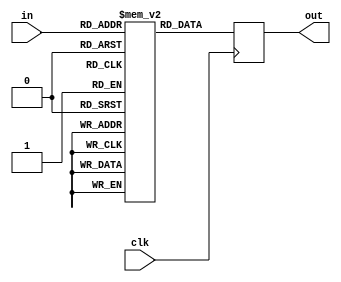
module pacman_wakka_converted(in, out, clk); //ok
	 input [8:0] in;
	 input clk;
	 output reg [9:0] out;
	 
	 reg  [9:0] mem [0:418];
	 always @(posedge clk) out  =  mem[ in ];
	 
	 initial begin
		mem[     0] = 10'd1023;// 10'd1170;    
		mem[     1] = 10'd26;    
		mem[     2] = 10'd32;    
		mem[     3] = 10'd45;    
		mem[     4] = 10'd26;    
		mem[     5] = 10'd32;    
		mem[     6] = 10'd45;    
		mem[     7] = 10'd26;    
		mem[     8] = 10'd32;    
		mem[     9] = 10'd45;    
		mem[    10] = 10'd24;    
		mem[    11] = 10'd25;    
		mem[    12] = 10'd36;    
		mem[    13] = 10'd21;    
		mem[    14] = 10'd24;    
		mem[    15] = 10'd36;    
		mem[    16] = 10'd22;    
		mem[    17] = 10'd24;    
		mem[    18] = 10'd36;    
		mem[    19] = 10'd21;    
		mem[    20] = 10'd25;    
		mem[    21] = 10'd36;    
		mem[    22] = 10'd20;    
		mem[    23] = 10'd26;    
		mem[    24] = 10'd31;    
		mem[    25] = 10'd18;    
		mem[    26] = 10'd20;    
		mem[    27] = 10'd31;    
		mem[    28] = 10'd18;    
		mem[    29] = 10'd20;    
		mem[    30] = 10'd31;    
		mem[    31] = 10'd18;    
		mem[    32] = 10'd20;    
		mem[    33] = 10'd31;    
		mem[    34] = 10'd17;    
		mem[    35] = 10'd21;    
		mem[    36] = 10'd30;    
		mem[    37] = 10'd18;    
		mem[    38] = 10'd20;    
		mem[    39] = 10'd30;    
		mem[    40] = 10'd15;    
		mem[    41] = 10'd19;    
		mem[    42] = 10'd24;    
		mem[    43] = 10'd16;    
		mem[    44] = 10'd18;    
		mem[    45] = 10'd25;    
		mem[    46] = 10'd14;    
		mem[    47] = 10'd17;    
		mem[    48] = 10'd27;    
		mem[    49] = 10'd14;    
		mem[    50] = 10'd17;    
		mem[    51] = 10'd26;    
		mem[    52] = 10'd15;    
		mem[    53] = 10'd18;    
		mem[    54] = 10'd25;    
		mem[    55] = 10'd14;    
		mem[    56] = 10'd19;    
		mem[    57] = 10'd25;    
		mem[    58] = 10'd14;    
		mem[    59] = 10'd17;    
		mem[    60] = 10'd23;    
		mem[    61] = 10'd12;    
		mem[    62] = 10'd17;    
		mem[    63] = 10'd21;    
		mem[    64] = 10'd14;    
		mem[    65] = 10'd16;    
		mem[    66] = 10'd22;    
		mem[    67] = 10'd13;    
		mem[    68] = 10'd16;    
		mem[    69] = 10'd22;    
		mem[    70] = 10'd14;    
		mem[    71] = 10'd16;    
		mem[    72] = 10'd22;    
		mem[    73] = 10'd13;    
		mem[    74] = 10'd17;    
		mem[    75] = 10'd22;    
		mem[    76] = 10'd13;    
		mem[    77] = 10'd16;    
		mem[    78] = 10'd22;    
		mem[    79] = 10'd13;    
		mem[    80] = 10'd15;    
		mem[    81] = 10'd20;    
		mem[    82] = 10'd13;    
		mem[    83] = 10'd13;    
		mem[    84] = 10'd20;    
		mem[    85] = 10'd12;    
		mem[    86] = 10'd14;    
		mem[    87] = 10'd21;    
		mem[    88] = 10'd11;    
		mem[    89] = 10'd14;    
		mem[    90] = 10'd21;    
		mem[    91] = 10'd11;    
		mem[    92] = 10'd14;    
		mem[    93] = 10'd21;    
		mem[    94] = 10'd11;    
		mem[    95] = 10'd14;    
		mem[    96] = 10'd21;    
		mem[    97] = 10'd11;    
		mem[    98] = 10'd14;    
		mem[    99] = 10'd20;    
		mem[   100] = 10'd12;    
		mem[   101] = 10'd14;    
		mem[   102] = 10'd20;    
		mem[   103] = 10'd12;    
		mem[   104] = 10'd7;    
		mem[   105] = 10'd747;    
		mem[   106] = 10'd19;    
		mem[   107] = 10'd12;    
		mem[   108] = 10'd13;    
		mem[   109] = 10'd21;    
		mem[   110] = 10'd12;    
		mem[   111] = 10'd13;    
		mem[   112] = 10'd20;    
		mem[   113] = 10'd13;    
		mem[   114] = 10'd13;    
		mem[   115] = 10'd20;    
		mem[   116] = 10'd13;    
		mem[   117] = 10'd13;    
		mem[   118] = 10'd20;    
		mem[   119] = 10'd13;    
		mem[   120] = 10'd13;    
		mem[   121] = 10'd20;    
		mem[   122] = 10'd12;    
		mem[   123] = 10'd14;    
		mem[   124] = 10'd21;    
		mem[   125] = 10'd11;    
		mem[   126] = 10'd14;    
		mem[   127] = 10'd21;    
		mem[   128] = 10'd11;    
		mem[   129] = 10'd15;    
		mem[   130] = 10'd22;    
		mem[   131] = 10'd13;    
		mem[   132] = 10'd16;    
		mem[   133] = 10'd22;    
		mem[   134] = 10'd14;    
		mem[   135] = 10'd16;    
		mem[   136] = 10'd22;    
		mem[   137] = 10'd13;    
		mem[   138] = 10'd16;    
		mem[   139] = 10'd22;    
		mem[   140] = 10'd14;    
		mem[   141] = 10'd16;    
		mem[   142] = 10'd22;    
		mem[   143] = 10'd13;    
		mem[   144] = 10'd16;    
		mem[   145] = 10'd23;    
		mem[   146] = 10'd12;    
		mem[   147] = 10'd17;    
		mem[   148] = 10'd22;    
		mem[   149] = 10'd14;    
		mem[   150] = 10'd15;    
		mem[   151] = 10'd25;    
		mem[   152] = 10'd15;    
		mem[   153] = 10'd18;    
		mem[   154] = 10'd25;    
		mem[   155] = 10'd15;    
		mem[   156] = 10'd18;    
		mem[   157] = 10'd25;    
		mem[   158] = 10'd15;    
		mem[   159] = 10'd18;    
		mem[   160] = 10'd24;    
		mem[   161] = 10'd16;    
		mem[   162] = 10'd18;    
		mem[   163] = 10'd25;    
		mem[   164] = 10'd15;    
		mem[   165] = 10'd16;    
		mem[   166] = 10'd27;    
		mem[   167] = 10'd14;    
		mem[   168] = 10'd17;    
		mem[   169] = 10'd27;    
		mem[   170] = 10'd17;    
		mem[   171] = 10'd22;    
		mem[   172] = 10'd29;    
		mem[   173] = 10'd18;    
		mem[   174] = 10'd21;    
		mem[   175] = 10'd30;    
		mem[   176] = 10'd18;    
		mem[   177] = 10'd20;    
		mem[   178] = 10'd31;    
		mem[   179] = 10'd18;    
		mem[   180] = 10'd20;    
		mem[   181] = 10'd31;    
		mem[   182] = 10'd17;    
		mem[   183] = 10'd21;    
		mem[   184] = 10'd31;    
		mem[   185] = 10'd17;    
		mem[   186] = 10'd25;    
		mem[   187] = 10'd36;    
		mem[   188] = 10'd20;    
		mem[   189] = 10'd26;    
		mem[   190] = 10'd35;    
		mem[   191] = 10'd21;    
		mem[   192] = 10'd25;    
		mem[   193] = 10'd36;    
		mem[   194] = 10'd21;    
		mem[   195] = 10'd24;    
		mem[   196] = 10'd36;    
		mem[   197] = 10'd22;    
		mem[   198] = 10'd24;    
		mem[   199] = 10'd40;    
		mem[   200] = 10'd28;    
		mem[   201] = 10'd31;    
		mem[   202] = 10'd46;    
		mem[   203] = 10'd25;    
		mem[   204] = 10'd32;    
		mem[   205] = 10'd45;    
		mem[   206] = 10'd26;    
		mem[   207] = 10'd32;    
		mem[   208] = 10'd45;    
		mem[   209] = 10'd26;    
		mem[   210] = 10'd404;    
		mem[   211] = 10'd45;    
		mem[   212] = 10'd26;    
		mem[   213] = 10'd32;    
		mem[   214] = 10'd45;    
		mem[   215] = 10'd26;    
		mem[   216] = 10'd32;    
		mem[   217] = 10'd45;    
		mem[   218] = 10'd26;    
		mem[   219] = 10'd32;    
		mem[   220] = 10'd42;    
		mem[   221] = 10'd21;    
		mem[   222] = 10'd25;    
		mem[   223] = 10'd36;    
		mem[   224] = 10'd20;    
		mem[   225] = 10'd26;    
		mem[   226] = 10'd36;    
		mem[   227] = 10'd20;    
		mem[   228] = 10'd25;    
		mem[   229] = 10'd37;    
		mem[   230] = 10'd20;    
		mem[   231] = 10'd25;    
		mem[   232] = 10'd36;    
		mem[   233] = 10'd21;    
		mem[   234] = 10'd22;    
		mem[   235] = 10'd31;    
		mem[   236] = 10'd17;    
		mem[   237] = 10'd21;    
		mem[   238] = 10'd30;    
		mem[   239] = 10'd18;    
		mem[   240] = 10'd21;    
		mem[   241] = 10'd30;    
		mem[   242] = 10'd17;    
		mem[   243] = 10'd21;    
		mem[   244] = 10'd30;    
		mem[   245] = 10'd18;    
		mem[   246] = 10'd21;    
		mem[   247] = 10'd30;    
		mem[   248] = 10'd18;    
		mem[   249] = 10'd21;    
		mem[   250] = 10'd27;    
		mem[   251] = 10'd15;    
		mem[   252] = 10'd18;    
		mem[   253] = 10'd24;    
		mem[   254] = 10'd16;    
		mem[   255] = 10'd17;    
		mem[   256] = 10'd26;    
		mem[   257] = 10'd14;    
		mem[   258] = 10'd17;    
		mem[   259] = 10'd27;    
		mem[   260] = 10'd14;    
		mem[   261] = 10'd17;    
		mem[   262] = 10'd27;    
		mem[   263] = 10'd14;    
		mem[   264] = 10'd17;    
		mem[   265] = 10'd26;    
		mem[   266] = 10'd15;    
		mem[   267] = 10'd18;    
		mem[   268] = 10'd25;    
		mem[   269] = 10'd13;    
		mem[   270] = 10'd16;    
		mem[   271] = 10'd23;    
		mem[   272] = 10'd13;    
		mem[   273] = 10'd16;    
		mem[   274] = 10'd22;    
		mem[   275] = 10'd13;    
		mem[   276] = 10'd16;    
		mem[   277] = 10'd23;    
		mem[   278] = 10'd13;    
		mem[   279] = 10'd16;    
		mem[   280] = 10'd22;    
		mem[   281] = 10'd13;    
		mem[   282] = 10'd16;    
		mem[   283] = 10'd23;    
		mem[   284] = 10'd12;    
		mem[   285] = 10'd16;    
		mem[   286] = 10'd23;    
		mem[   287] = 10'd13;    
		mem[   288] = 10'd16;    
		mem[   289] = 10'd22;    
		mem[   290] = 10'd13;    
		mem[   291] = 10'd15;    
		mem[   292] = 10'd19;    
		mem[   293] = 10'd12;    
		mem[   294] = 10'd15;    
		mem[   295] = 10'd19;    
		mem[   296] = 10'd12;    
		mem[   297] = 10'd13;    
		mem[   298] = 10'd21;    
		mem[   299] = 10'd12;    
		mem[   300] = 10'd13;    
		mem[   301] = 10'd21;    
		mem[   302] = 10'd12;    
		mem[   303] = 10'd13;    
		mem[   304] = 10'd21;    
		mem[   305] = 10'd12;    
		mem[   306] = 10'd13;    
		mem[   307] = 10'd21;    
		mem[   308] = 10'd11;    
		mem[   309] = 10'd14;    
		mem[   310] = 10'd21;    
		mem[   311] = 10'd25;    
		mem[   312] = 10'd21;    
		mem[   313] = 10'd751;    
		mem[   314] = 10'd14;    
		mem[   315] = 10'd20;    
		mem[   316] = 10'd12;    
		mem[   317] = 10'd14;    
		mem[   318] = 10'd20;    
		mem[   319] = 10'd11;    
		mem[   320] = 10'd15;    
		mem[   321] = 10'd20;    
		mem[   322] = 10'd11;    
		mem[   323] = 10'd15;    
		mem[   324] = 10'd20;    
		mem[   325] = 10'd11;    
		mem[   326] = 10'd15;    
		mem[   327] = 10'd19;    
		mem[   328] = 10'd12;    
		mem[   329] = 10'd13;    
		mem[   330] = 10'd21;    
		mem[   331] = 10'd12;    
		mem[   332] = 10'd13;    
		mem[   333] = 10'd21;    
		mem[   334] = 10'd12;    
		mem[   335] = 10'd13;    
		mem[   336] = 10'd21;    
		mem[   337] = 10'd28;    
		mem[   338] = 10'd23;    
		mem[   339] = 10'd12;    
		mem[   340] = 10'd16;    
		mem[   341] = 10'd23;    
		mem[   342] = 10'd13;    
		mem[   343] = 10'd16;    
		mem[   344] = 10'd22;    
		mem[   345] = 10'd13;    
		mem[   346] = 10'd16;    
		mem[   347] = 10'd24;    
		mem[   348] = 10'd13;    
		mem[   349] = 10'd15;    
		mem[   350] = 10'd23;    
		mem[   351] = 10'd13;    
		mem[   352] = 10'd15;    
		mem[   353] = 10'd24;    
		mem[   354] = 10'd13;    
		mem[   355] = 10'd15;    
		mem[   356] = 10'd23;    
		mem[   357] = 10'd13;    
		mem[   358] = 10'd18;    
		mem[   359] = 10'd25;    
		mem[   360] = 10'd14;    
		mem[   361] = 10'd18;    
		mem[   362] = 10'd25;    
		mem[   363] = 10'd15;    
		mem[   364] = 10'd18;    
		mem[   365] = 10'd25;    
		mem[   366] = 10'd15;    
		mem[   367] = 10'd18;    
		mem[   368] = 10'd24;    
		mem[   369] = 10'd16;    
		mem[   370] = 10'd18;    
		mem[   371] = 10'd24;    
		mem[   372] = 10'd16;    
		mem[   373] = 10'd17;    
		mem[   374] = 10'd26;    
		mem[   375] = 10'd14;    
		mem[   376] = 10'd17;    
		mem[   377] = 10'd30;    
		mem[   378] = 10'd18;    
		mem[   379] = 10'd20;    
		mem[   380] = 10'd31;    
		mem[   381] = 10'd18;    
		mem[   382] = 10'd20;    
		mem[   383] = 10'd31;    
		mem[   384] = 10'd17;    
		mem[   385] = 10'd21;    
		mem[   386] = 10'd30;    
		mem[   387] = 10'd18;    
		mem[   388] = 10'd21;    
		mem[   389] = 10'd30;    
		mem[   390] = 10'd17;    
		mem[   391] = 10'd21;    
		mem[   392] = 10'd31;    
		mem[   393] = 10'd20;    
		mem[   394] = 10'd25;    
		mem[   395] = 10'd36;    
		mem[   396] = 10'd21;    
		mem[   397] = 10'd25;    
		mem[   398] = 10'd36;    
		mem[   399] = 10'd21;    
		mem[   400] = 10'd25;    
		mem[   401] = 10'd36;    
		mem[   402] = 10'd20;    
		mem[   403] = 10'd26;    
		mem[   404] = 10'd36;    
		mem[   405] = 10'd20;    
		mem[   406] = 10'd27;    
		mem[   407] = 10'd46;    
		mem[   408] = 10'd25;    
		mem[   409] = 10'd32;    
		mem[   410] = 10'd45;    
		mem[   411] = 10'd26;    
		mem[   412] = 10'd32;    
		mem[   413] = 10'd45;    
		mem[   414] = 10'd26;    
		mem[   415] = 10'd32;    
		mem[   416] = 10'd1023; 
		mem[   418] = 10'd0; 
	end
	
endmodule